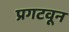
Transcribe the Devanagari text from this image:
प्रगटवून